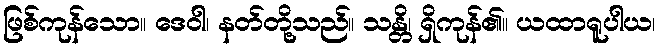
ဖြစ်ကုန်သော။ ဒေဝါ၊ နတ်တို့သည်။ သန္တိ၊ ရှိကုန်၏။ ယထာရူပါယ၊